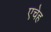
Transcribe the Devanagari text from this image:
एचेह